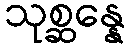
သုစ္ဆန္နေ